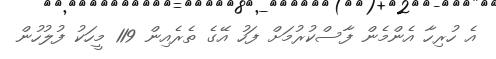
އެ ހުރިހާ އެންމެން ފާސްކުރުމަށް ފަހު އޭގެ ތެރެއިން 119 މީހަކު ފުލުހުން